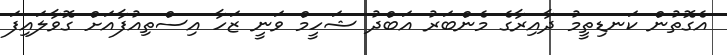
އެގޮތުން ކަނޑިތީމު ދާއިރާގެ މެންބަރު އަބްދު ޝަހީމް ވަނީ ޒަހާ އިސްތިއުފާއަށް ގޮވާލައިފަ